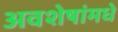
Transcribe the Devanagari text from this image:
अवशेषांमधे